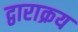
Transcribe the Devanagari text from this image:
द्वाराक्रय